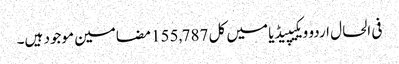
فی الحال اردو ویکیپیڈیا میں کل 155,787 مضامین موجود ہیں۔